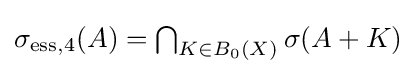
{\textstyle \sigma _{\mathrm {ess} ,4}(A)=\bigcap _{K\in B_{0}(X)}\sigma (A+K)}